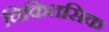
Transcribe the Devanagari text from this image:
चिकितसिक